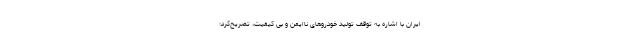
ایران با اشاره به توقف تولید خودروهای ناایمن و بی کیفیت، تصریح‌کرد: